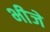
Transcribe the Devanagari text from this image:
भीजे